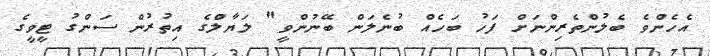
އެހެންވެ ބެލުންތެރިންނަށް ފަހު ބަހެއް ބުނެލަން ބޭނުންވީ" ލަޔާލްގެ އިތުރުން ސަންގު ޓީވީގެ